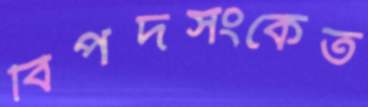
বিপদসংকেত